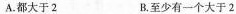
A.都大于2 B.至少有一个大于2